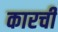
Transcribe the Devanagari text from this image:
कारची